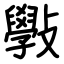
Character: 斅